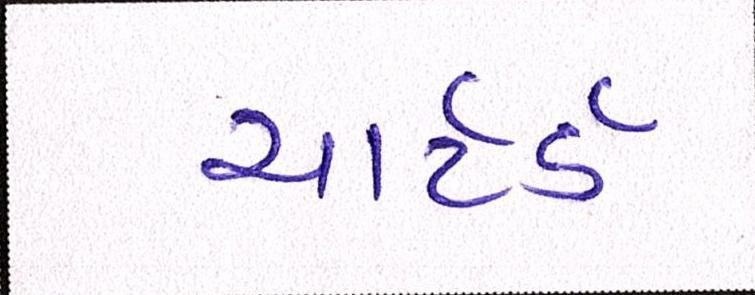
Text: ચાર્ટર્ડ